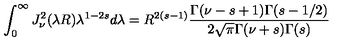
\int _ { 0 } ^ { \infty } J _ { \nu } ^ { 2 } ( \lambda R ) \lambda ^ { 1 - 2 s } d \lambda = R ^ { 2 ( s - 1 ) } \frac { \Gamma ( \nu - s + 1 ) \Gamma ( s - 1 / 2 ) } { 2 \sqrt { \pi } \Gamma ( \nu + s ) \Gamma ( s ) }